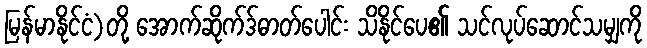
မြန်မာနိုင်ငံ)တို့ အောက်ဆိုက်ဒ်ဓာတ်ပေါင်း သိနိုင်ပေ၏ သင်လုပ်ဆောင်သမျှကို